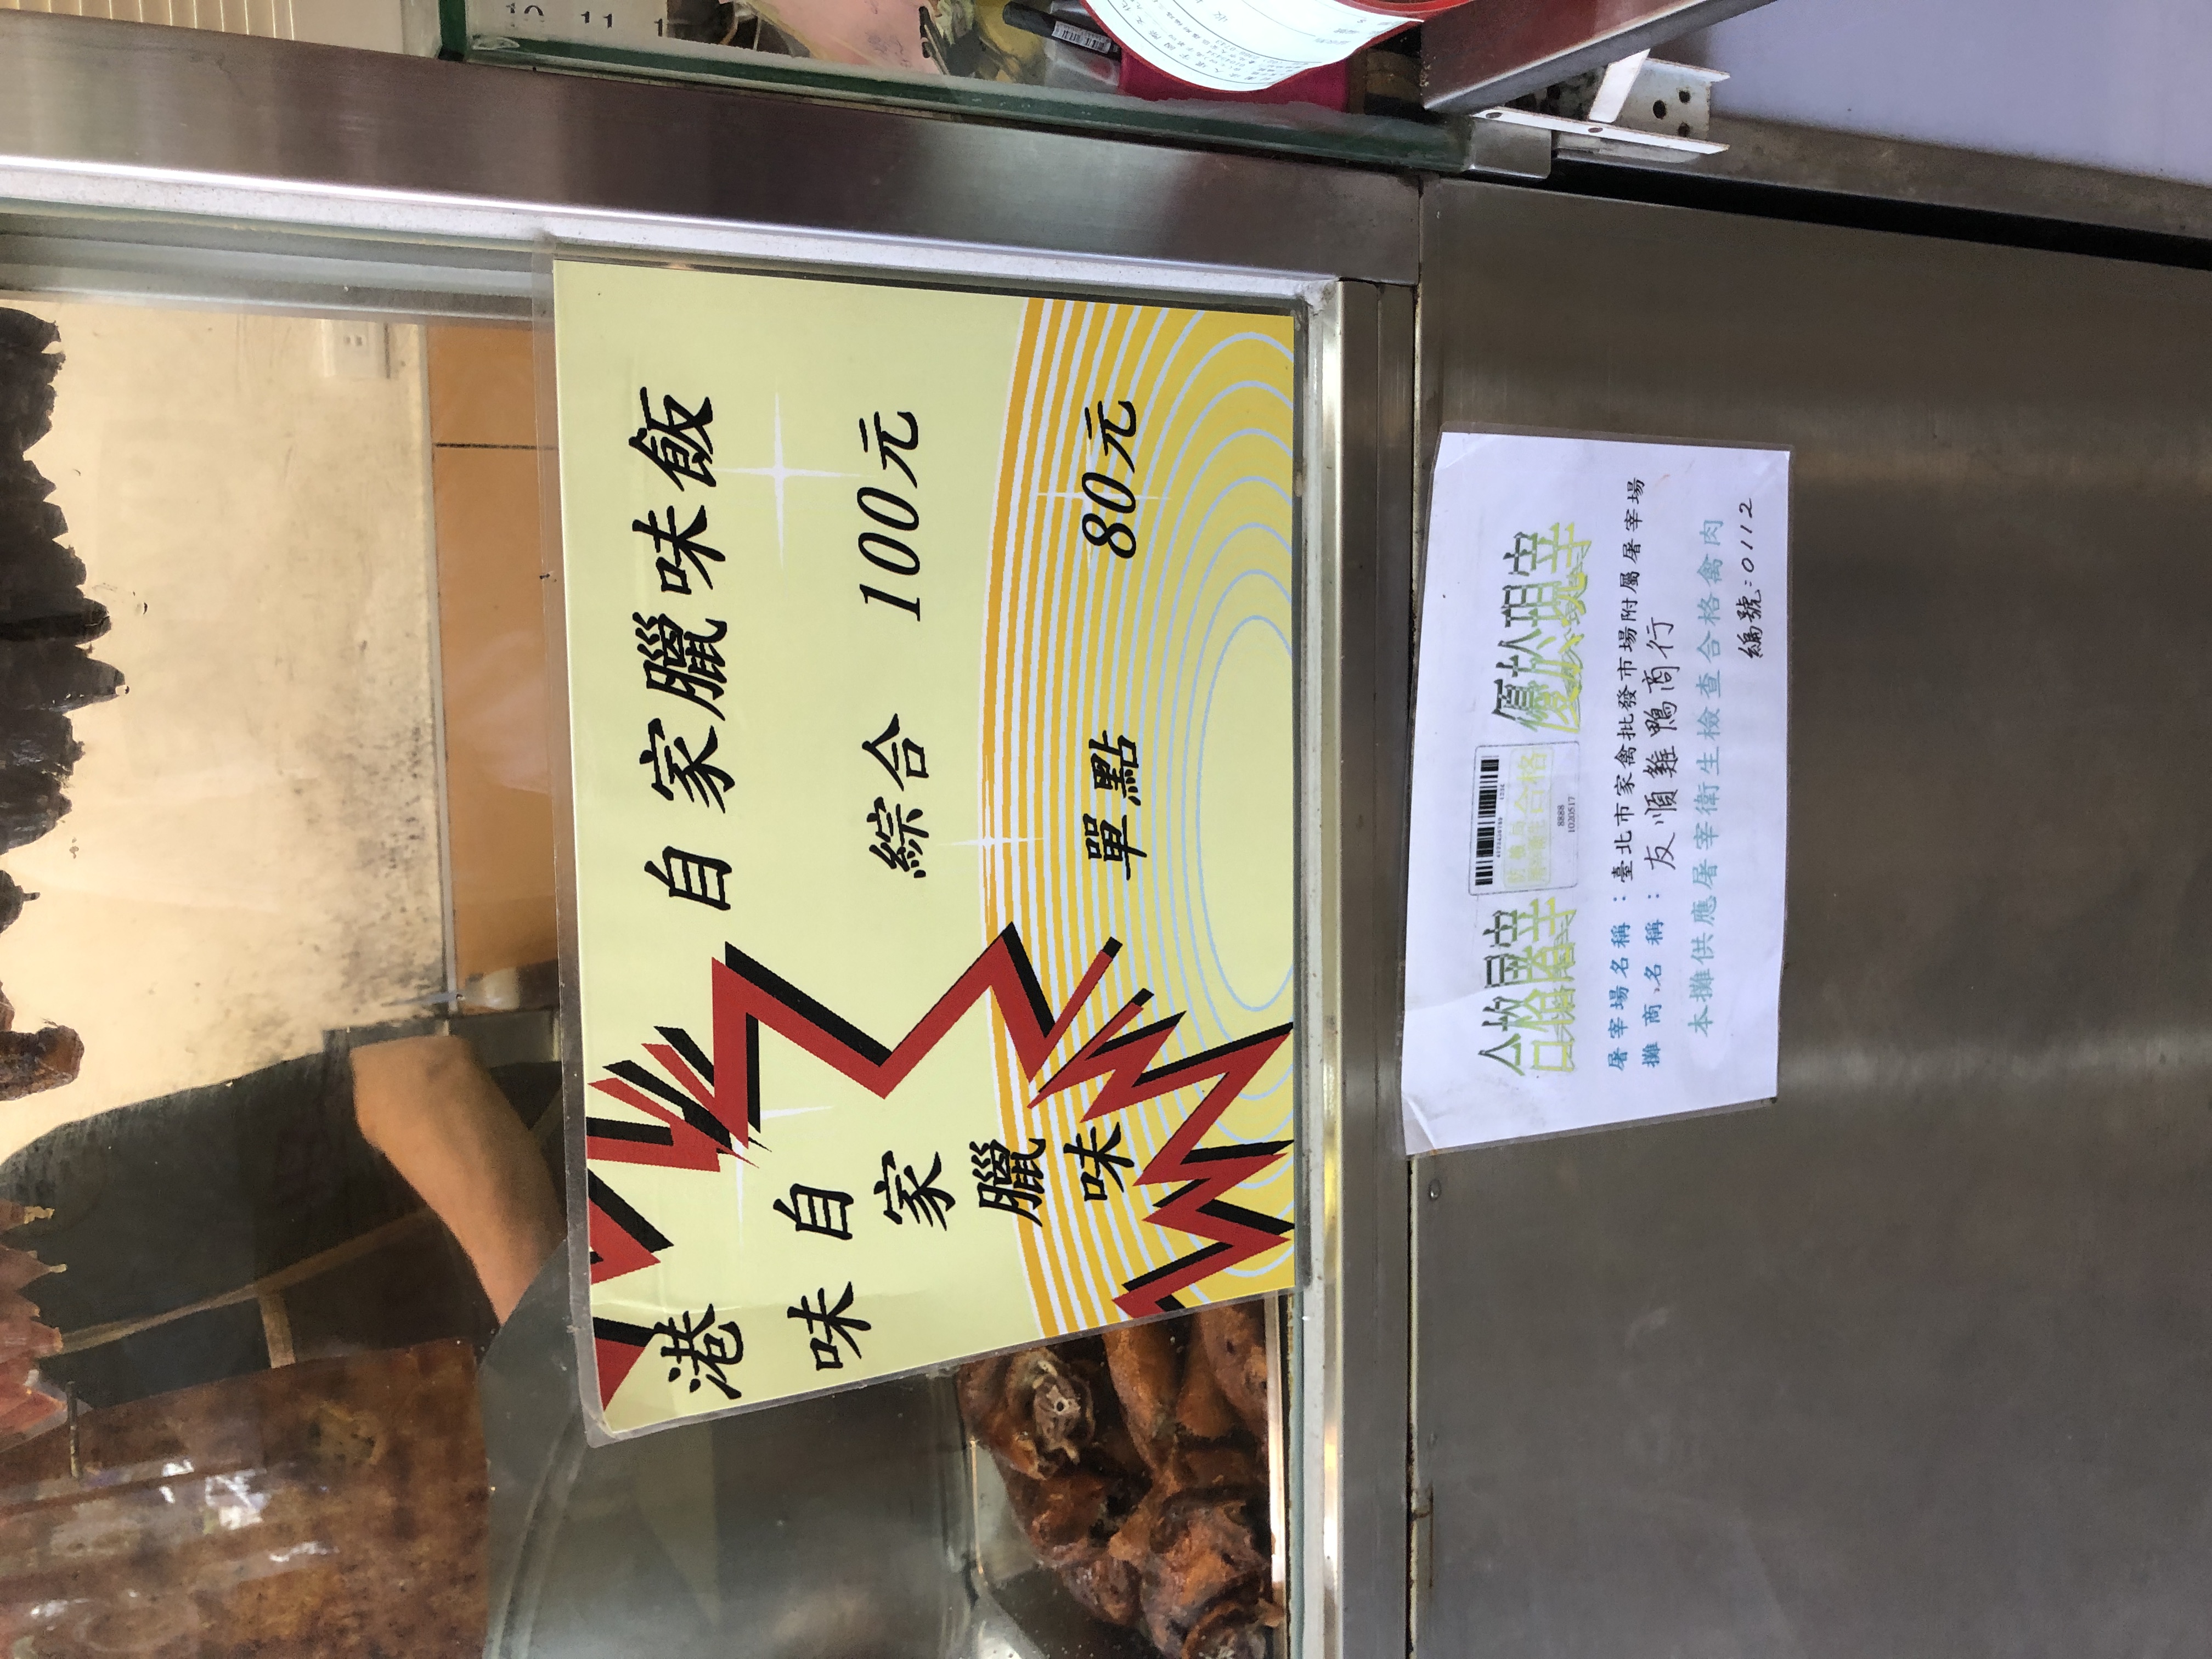
餐廳：港味自家臘味
地址：臺北市家禽批發市場附屬屠宰場
菜單：
name: 自家臘味飯 (綜合)
price: 100元
name: 自家臘味飯 (單點)
price: 80元